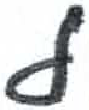
אות: ל